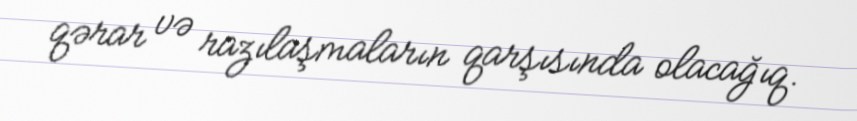
qərar və razılaşmaların qarşısında olacağıq.